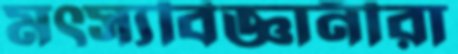
মত্স্যবিজ্ঞানীরা